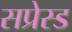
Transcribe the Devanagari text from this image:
सप्रेस्ड